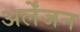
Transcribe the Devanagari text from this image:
अर्लेंजन